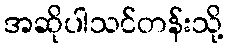
အဆိုပါသင်တန်းသို့